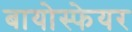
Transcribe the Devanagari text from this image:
बायोस्फेयर